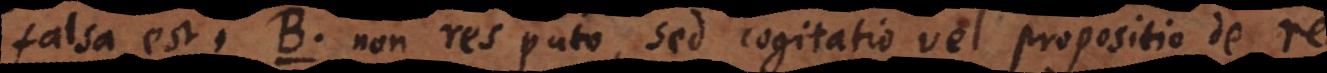
S. 27–37. B. Non res puto, sed cogitatio vel propositio de re.